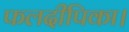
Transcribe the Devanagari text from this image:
फलदीपिका।